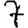
Digit: 7